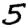
Digit: 5